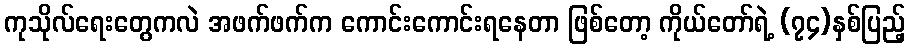
ကုသိုလ်ရေးတွေကလဲ အဖက်ဖက်က ကောင်းကောင်းရနေတာ ဖြစ်တော့ ကိုယ်တော်ရဲ့ (၇၄)နှစ်ပြည့်